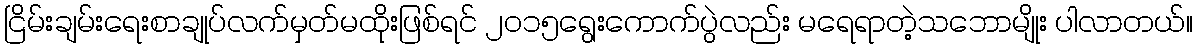
ငြိမ်းချမ်းရေးစာချုပ်လက်မှတ်မထိုးဖြစ်ရင် ၂၀၁၅ရွေးကောက်ပွဲလည်း မရေရာတဲ့သဘောမျိုး ပါလာတယ်။